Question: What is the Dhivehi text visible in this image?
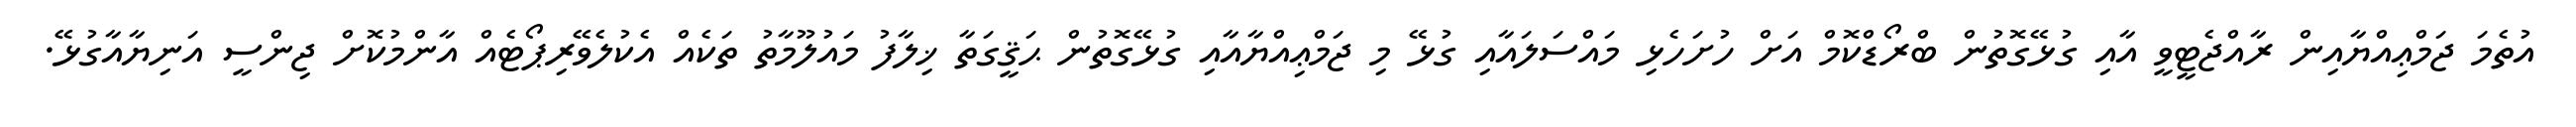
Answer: އުތެމަ ޖަމްޢިއްޔާއިން ރާއްޖެޓީވީ އާއި ގުޅޭގޮތުން ބްރޯޑްކޮމް އަށް ހުށަހެޅި މައްސަލައާއި ގުޅޭ މި ޖަމްޢިއްޔާއާއި ގުޅޭގޮތުން ޙަޤީގަތާ ޚިލާފު މައުލޫމާތު ތަކެއް އެކުލެވޭރިޕޯޓެއް އާންމުކޮށް ޖިންސީ އަނިޔާއާގުޅޭ.